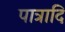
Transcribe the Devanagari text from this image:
पात्रादि